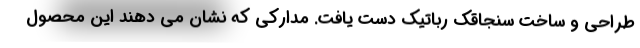
طراحی و ساخت سنجاقک رباتیک دست یافت. مدارکی که نشان می دهند این محصول